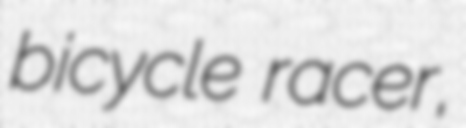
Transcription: bicycle racer,